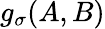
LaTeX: g_{\sigma}(A,B)